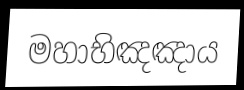
මහාභිඤඤාය